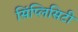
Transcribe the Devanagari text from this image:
सिंप्लिसिटी